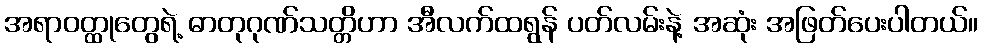
အရာဝတ္ထုတွေရဲ့ ဓာတုဂုဏ်သတ္တိဟာ အီလက်ထရွန် ပတ်လမ်းနဲ့ အဆုံး အဖြတ်ပေးပါတယ်။